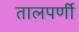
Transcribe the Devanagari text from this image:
तालपर्णी